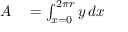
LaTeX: \begin{array} { r l } { A } & { { } = \int _ { x = 0 } ^ { 2 \pi r } y \, d x } \end{array}